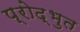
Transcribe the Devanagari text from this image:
प्रोद्भुत